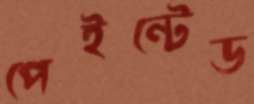
পেইন্টেড